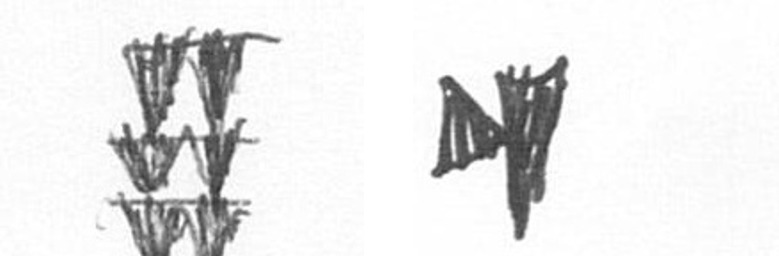
Y M